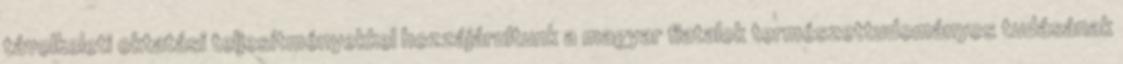
távolkeleti oktatási teljesítményekkel hozzájárultunk a magyar fiatalok természettudományos tudásának